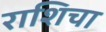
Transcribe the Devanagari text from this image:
राशिचा